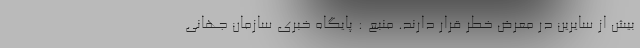
بیش از سایرین در معرض خطر قرار دارند. منبع : پایگاه خبری سازمان جهانی